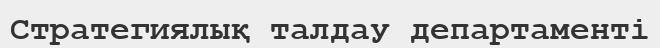
Стратегиялық талдау департаменті